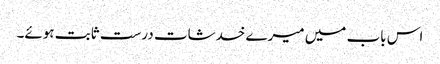
اس باب میں میرے خدشات درست ثابت ہوئے۔